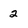
Character: 2